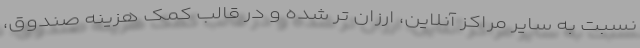
نسبت به سایر مراکز آنلاین، ارزان تر شده و در قالب کمک هزینه صندوق،